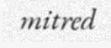
mitred